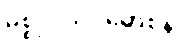
မစ္စုပါသပ္ပမောစနံ